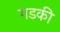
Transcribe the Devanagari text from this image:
गडकी